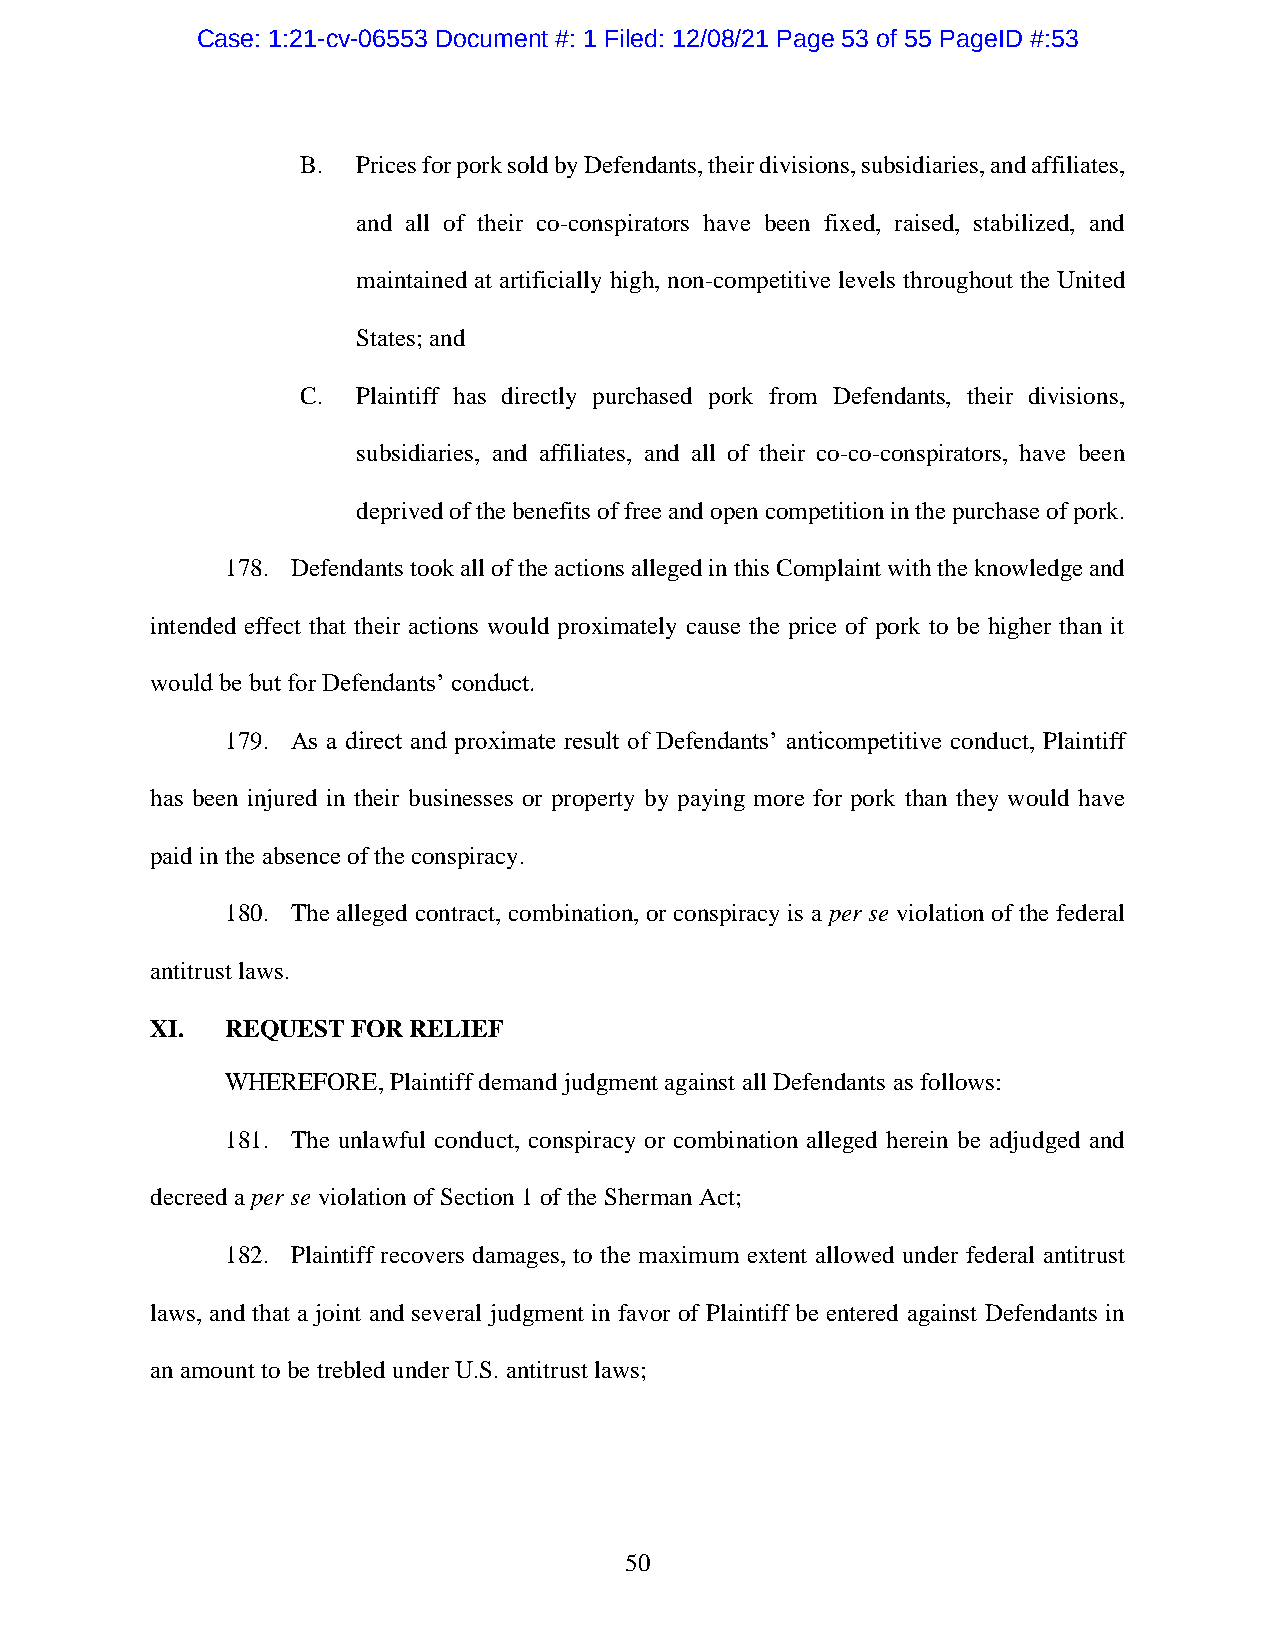
Case: 1:21-cv-06553 Document #: 1 Filed: 12/08/21 Page 53 of 55 PageID #:53
 B.  Prices for pork sold by Defendants, their divisions, subsidiaries, and affiliates,
 and all of their co-conspirators have been fixed, raised, stabilized, and
 maintained at artificially high, non-competitive levels throughout the United
 States; and
 C.  Plaintiff has directly purchased pork from Defendants, their divisions,
 subsidiaries, and affiliates, and all of their co-co-conspirators, have been
 deprived of the benefits of free and open competition in the purchase of pork.
 178. Defendants took all of the actions alleged in this Complaint with the knowledge and
 intended effect that their actions would proximately cause the price of pork to be higher than it
 would be but for Defendants’ conduct.
 179. As a direct and proximate result of Defendants’ anticompetitive conduct, Plaintiff
 has been injured in their businesses or property by paying more for pork than they would have
 paid in the absence of the conspiracy.
 180. The alleged contract, combination, or conspiracy is a per se violation of the federal
 antitrust laws.
 XI.  REQUEST FOR RELIEF
 WHEREFORE, Plaintiff demand judgment against all Defendants as follows:
 181. The unlawful conduct, conspiracy or combination alleged herein be adjudged and
 decreed a per se violation of Section 1 of the Sherman Act;
 182. Plaintiff recovers damages, to the maximum extent allowed under federal antitrust
 laws, and that a joint and several judgment in favor of Plaintiff be entered against Defendants in
 an amount to be trebled under U.S. antitrust laws;
 50